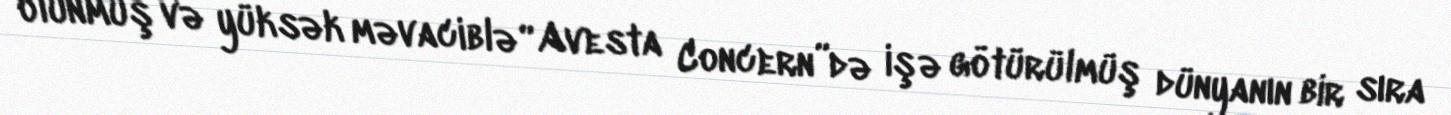
olunmuş və yüksək məvaciblə “Avesta Concern”də işə götürülmüş dünyanın bir sıra